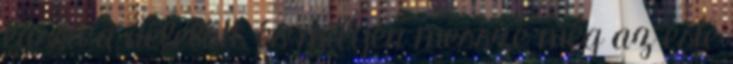
lassú a délelőtt, és milyen messze még az este